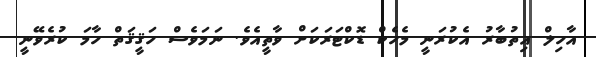
އާހިލް އިތުބާރު އެކުރަނީ މެހެކް ޑޮކްޓަރަކަށް ވާތީއެވެ. ނަމަވެސް ހަޤީޤަތް ހާމަ ކުރެވޭނީ